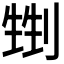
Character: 𠞏